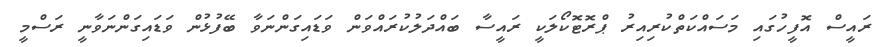
ރައީސް އޮފީހުގައި މަސައްކަތްކުރިއިރު ޕްރޮޓޮކޯލަކީ ރައީސާ ބައްދަލުކުރައްވަން ވަޑައިގަންނަވާ ބޭފުޅުން ވަޑައިގަންނަވާނީ ރަސްމީ